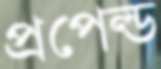
প্রপেল্ড